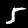
Digit: 5